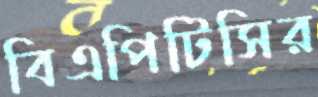
বিএপিটিসির